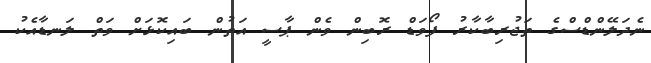
ނެދަލޭންޑްސްގެ ތަޖުރިބާކާރު ފޯވަޑް ރޮބިން ވެން ޕާސީ އަތުން ބައިކޮޅަށް ވަތް ލަނޑާއެކު